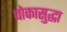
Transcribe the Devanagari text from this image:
धोकासुद्धा